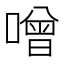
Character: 噌